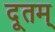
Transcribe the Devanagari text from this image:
दूतम्‌